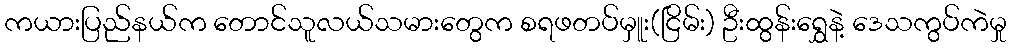
ကယားပြည်နယ်က တောင်သူလယ်သမားတွေက စရဖတပ်မှူး(ငြိမ်း) ဦးထွန်းရွှေနဲ့ ဒေသကွပ်ကဲမှု